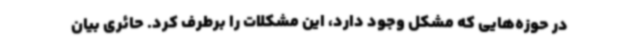
در حوزه‌هایی که مشکل وجود دارد، این مشکلات را برطرف کرد. حائری بیان